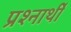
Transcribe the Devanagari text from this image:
प्रश्नार्थी